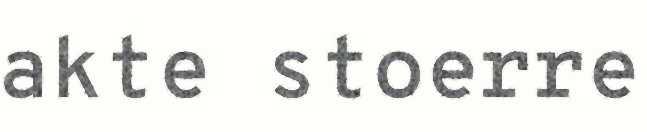
akte stoerre